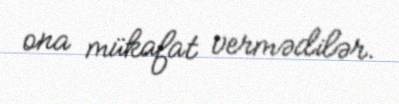
ona mükafat vermədilər.